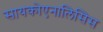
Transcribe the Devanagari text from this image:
सायकोएनालिसिस